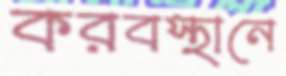
করবস্থানে